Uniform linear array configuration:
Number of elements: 64
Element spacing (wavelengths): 0.75
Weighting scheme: kaiser
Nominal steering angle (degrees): -15
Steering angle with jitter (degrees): -14.905
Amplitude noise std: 0.05
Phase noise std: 0.05

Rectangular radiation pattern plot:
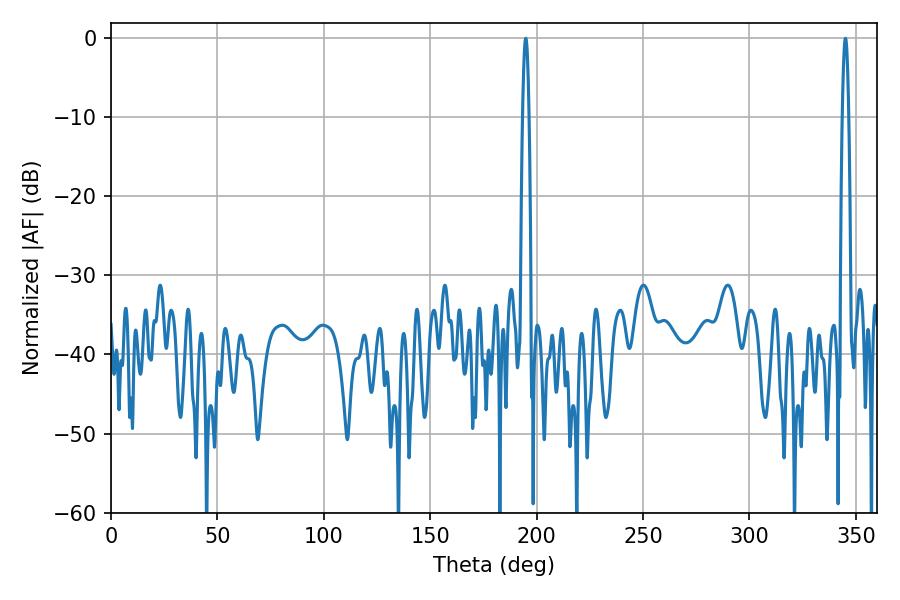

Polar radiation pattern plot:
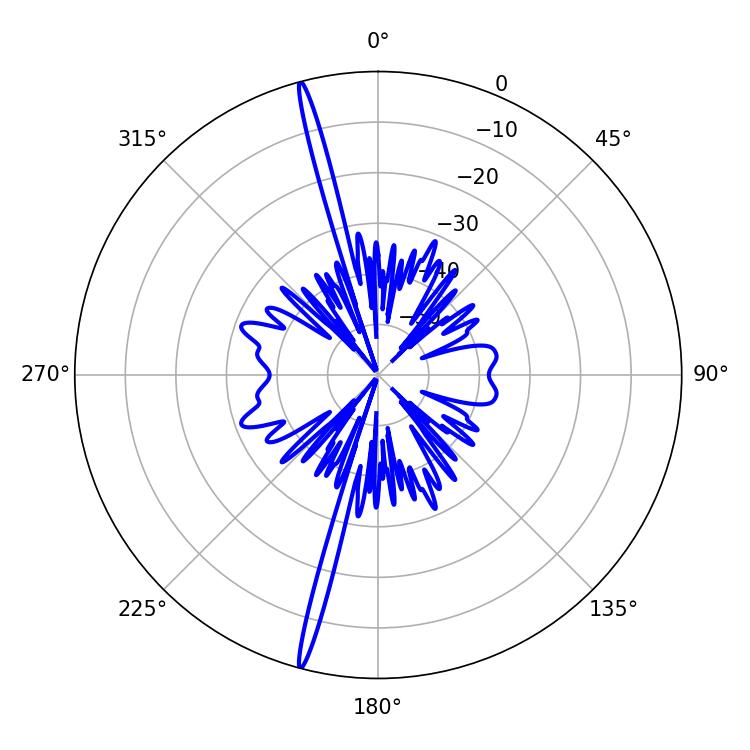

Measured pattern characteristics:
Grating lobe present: TRUE
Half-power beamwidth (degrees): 1.62
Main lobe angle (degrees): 345.06